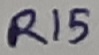
Text: R15